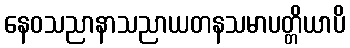
နေဝသညာနာသညာယတနသမာပတ္တိယာပိ